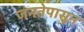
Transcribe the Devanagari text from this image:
जनतेपासून